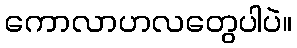
ကောလာဟလတွေပါပဲ။